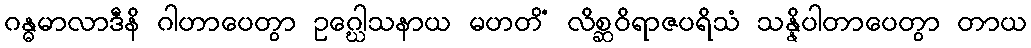
ဂန္ဓမာလာဒီနိ ဂါဟာပေတွာ ဥဂ္ဃေါသနာယ မဟတိံ လိစ္ဆဝိရာဇပရိသံ သန္နိပါတာပေတွာ တာယ